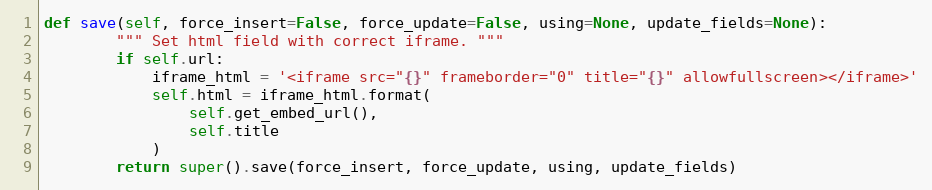
Language: Python
def save(self, force_insert=False, force_update=False, using=None, update_fields=None):
        """ Set html field with correct iframe. """
        if self.url:
            iframe_html = '<iframe src="{}" frameborder="0" title="{}" allowfullscreen></iframe>'
            self.html = iframe_html.format(
                self.get_embed_url(),
                self.title
            )
        return super().save(force_insert, force_update, using, update_fields)